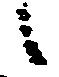
候